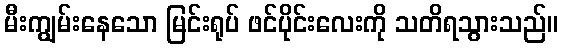
မီးကျွမ်းနေသော မြင်းရုပ် ဖင်ပိုင်းလေးကို သတိရသွားသည်။